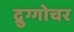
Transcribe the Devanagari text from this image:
द्रुग्गोचर